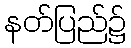
နတ်ပြည်၌